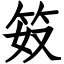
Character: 笯